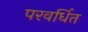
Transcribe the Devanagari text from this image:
परवर्धित